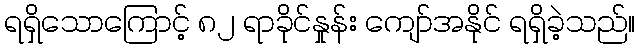
ရရှိသောကြောင့် ၈၂ ရာခိုင်နှုန်း ကျော်အနိုင် ရရှိခဲ့သည်။